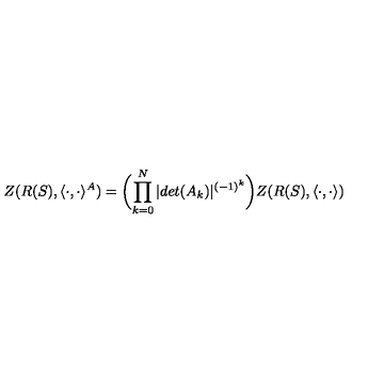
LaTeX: Z ( R ( S ) , \langle \cdot , \cdot \rangle ^ { A } ) = \biggl ( \prod _ { k = 0 } ^ { N } | d e t ( A _ { k } ) | ^ { ( - 1 ) ^ { k } } \biggr ) Z ( R ( S ) , \langle \cdot , \cdot \rangle )